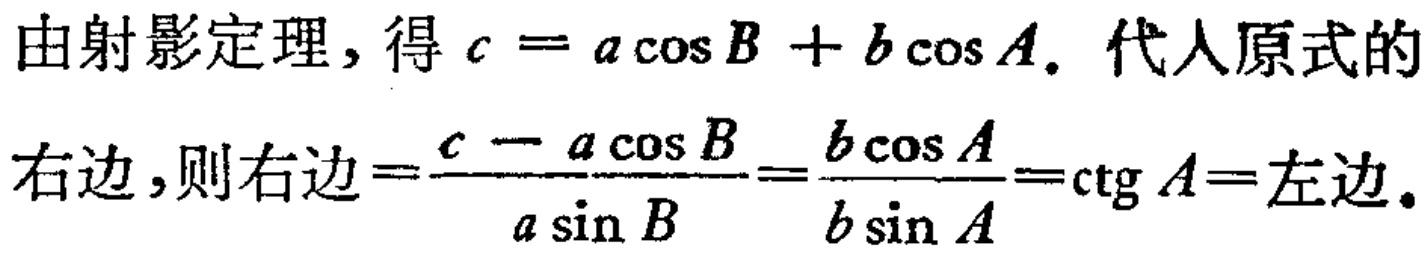
由射影定理，得\(c = a\cos B + b\cos A\). 代人原式的
右边，则右边\(=\frac{c - a\cos B}{a\sin B}=\frac{b\cos A}{b\sin A}=\mathrm{ctg}\,A=\)左边.